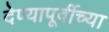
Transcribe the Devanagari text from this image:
देण्यापूर्वीच्या